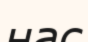
нас